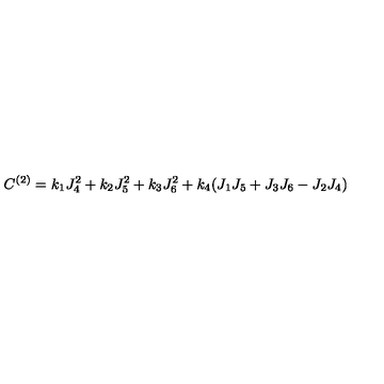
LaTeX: C ^ { ( 2 ) } = k _ { 1 } J _ { 4 } ^ { 2 } + k _ { 2 } J _ { 5 } ^ { 2 } + k _ { 3 } J _ { 6 } ^ { 2 } + k _ { 4 } ( J _ { 1 } J _ { 5 } + J _ { 3 } J _ { 6 } - J _ { 2 } J _ { 4 } )